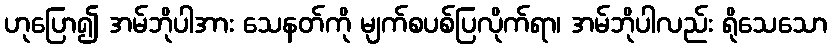
ဟုပြော၍ အမ်ဘိုပါအား သေနတ်ကို မျက်စပစ်ပြလိုက်ရာ၊ အမ်ဘိုပါလည်း ရိုသေသော